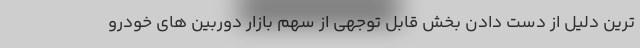
ترین دلیل از دست دادن بخش قابل توجهی از سهم بازار دوربین های خودرو